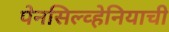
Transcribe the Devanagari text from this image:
पेनसिल्व्हेनियाची